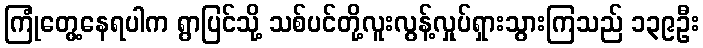
ကြုံတွေ့နေရပါက ရွာပြင်သို့ သစ်ပင်တို့လူးလွန့်လှုပ်ရှားသွားကြသည် ၁၃၉ဦး